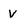
Character: v